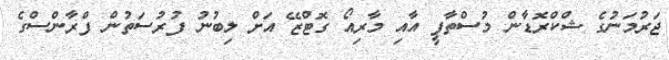
ޖަރުމަނުގެ ޝްކްރޮޑާން މުސްތާފީ އާއި މާރިއޯ ގޮޓްޒޭ އަށް ލިބުނު ފުރުސަތުން ފްރާންސްގެ